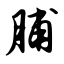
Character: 脯